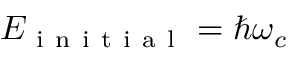
E _ { \mathrm { ~ i ~ n ~ i ~ t ~ i ~ a ~ l ~ } } = \hbar \omega _ { c }